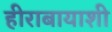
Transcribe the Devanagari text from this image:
हीराबायाशी